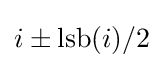
i\pm \operatorname {lsb} (i)/2